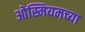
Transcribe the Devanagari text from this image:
ओस्मियमच्या